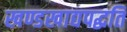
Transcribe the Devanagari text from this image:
खण्डखाद्यपद्धति